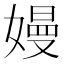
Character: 嫚